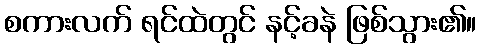
စကားလက် ရင်ထဲတွင် နင့်ခနဲ ဖြစ်သွား၏။